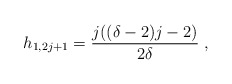
\begin{align*}h_{1,2j+1}=\frac{j((\delta-2)j-2)}{2\delta}\;,\end{align*}